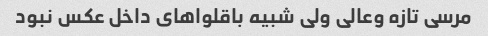
مرسی تازه وعالی ولی شبیه باقلواهای داخل عکس نبود